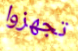
تجهزوا